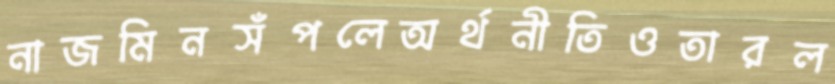
নাজমিনসঁপলেঅর্থনীতিওতারল